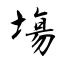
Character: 塲